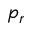
p _ { r }